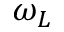
\omega _ { L }